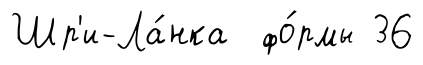
Шр'и-Ла́нка фо́рмы 36